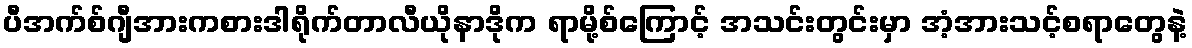
ပီအက်စ်ဂျီအားကစားဒါရိုက်တာလီယိုနာဒိုက ရာမို့စ်ကြောင့် အသင်းတွင်းမှာ အံ့အားသင့်စရာတွေနဲ့